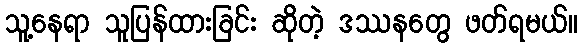
သူ့နေရာ သူပြန်ထားခြင်း ဆိုတဲ့ ဒဿနတွေ ဖတ်ရမယ်။